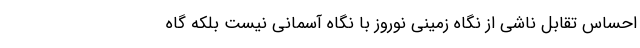
احساس تقابل ناشی از نگاه زمینی نوروز با نگاه آسمانی نیست بلکه گاه